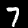
Label: 7